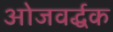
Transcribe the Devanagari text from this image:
ओजवर्द्धक